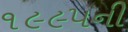
૧૯૯૫ની